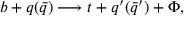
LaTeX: b + q ( \bar { q } ) \longrightarrow t + q ^ { \prime } ( \bar { q } ^ { \prime } ) + \Phi ,